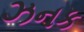
ઝનક